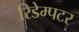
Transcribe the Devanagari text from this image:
रिडेम्पटर